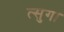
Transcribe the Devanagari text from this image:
त्सुगा